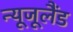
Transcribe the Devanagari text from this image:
न्यूजूलैंड